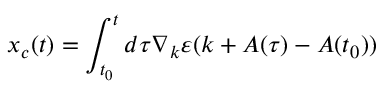
x _ { c } ( t ) = \int _ { t _ { 0 } } ^ { t } d \tau \nabla _ { k } \varepsilon ( k + A ( \tau ) - A ( t _ { 0 } ) )